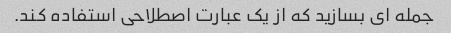
جمله ای بسازید که از یک عبارت اصطلاحی استفاده کند.